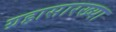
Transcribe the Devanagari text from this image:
ग्रहासारख्या